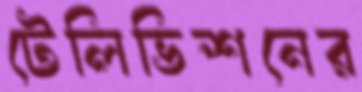
টেলিভিশনের